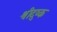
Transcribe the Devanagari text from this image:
श्रीदुष्क